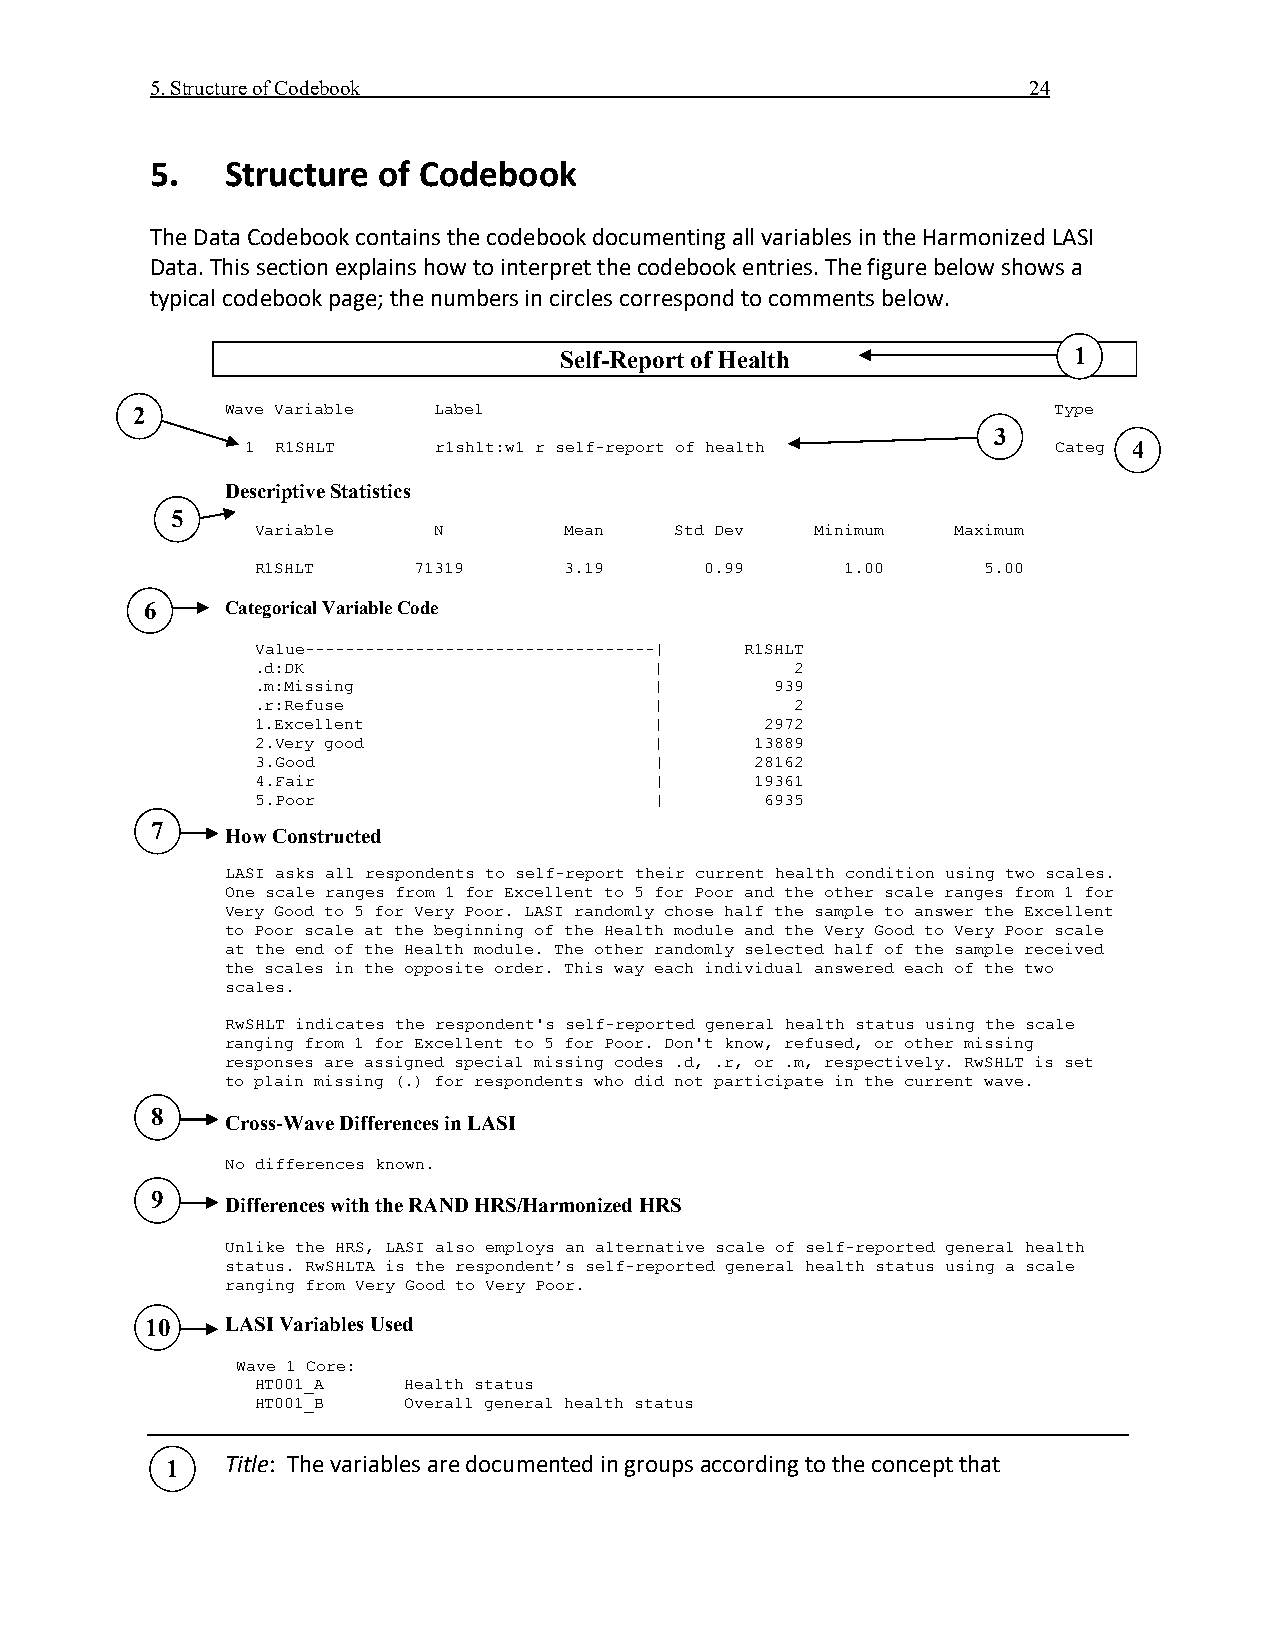
5. Structure of Codebook                                  24
 5.   Structure of Codebook
 The Data Codebook contains the codebook documenting all variables in the Harmonized LASI
 Data. This section explains how to interpret the codebook entries. The figure below shows a
 typical codebook page; the numbers in circles correspond to comments below.
 Self-Report of Health             1
 2     Wave Variable Label                                    Type
 3
 1 R1SHLT     r1shlt:w1 r self-report of health        Categ 4
 Descriptive Statistics
 5
 Variable    N       Mean    Std Dev  Minimum  Maximum
 R1SHLT    71319     3.19      0.99     1.00     5.00
 6    Categorical Variable Code
 Value-----------------------------------| R1SHLT
 .d:DK                     |         2
 .m:Missing                |       939
 .r:Refuse                 |         2
 1.Excellent               |       2972
 2.Very good               |      13889
 3.Good                    |      28162
 4.Fair                    |      19361
 5.Poor                    |       6935
 7
 How Constructed
 LASI asks all respondents to self-report their current health condition using two scales.
 One scale ranges from 1 for Excellent to 5 for Poor and the other scale ranges from 1 for
 Very Good to 5 for Very Poor. LASI randomly chose half the sample to answer the Excellent
 to Poor scale at the beginning of the Health module and the Very Good to Very Poor scale
 at the end of the Health module. The other randomly selected half of the sample received
 the scales in the opposite order. This way each individual answered each of the two
 scales.
 RwSHLT indicates the respondent's self-reported general health status using the scale
 ranging from 1 for Excellent to 5 for Poor. Don't know, refused, or other missing
 responses are assigned special missing codes .d, .r, or .m, respectively. RwSHLT is set
 to plain missing (.) for respondents who did not participate in the current wave.
 8
 Cross-Wave Differences in LASI
 No differences known.
 9
 Differences with the RAND HRS/Harmonized HRS
 Unlike the HRS, LASI also employs an alternative scale of self-reported general health
 status. RwSHLTA is the respondent’s self-reported general health status using a scale
 ranging from Very Good to Very Poor.
 10   LASI Variables Used
 Wave 1 Core:
 HT001_A   Health status
 HT001_B   Overall general health status
 1   Title: The variables are documented in groups according to the concept that